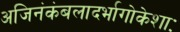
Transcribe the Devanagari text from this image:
अजिनंकंबलादर्भागोकेशाः